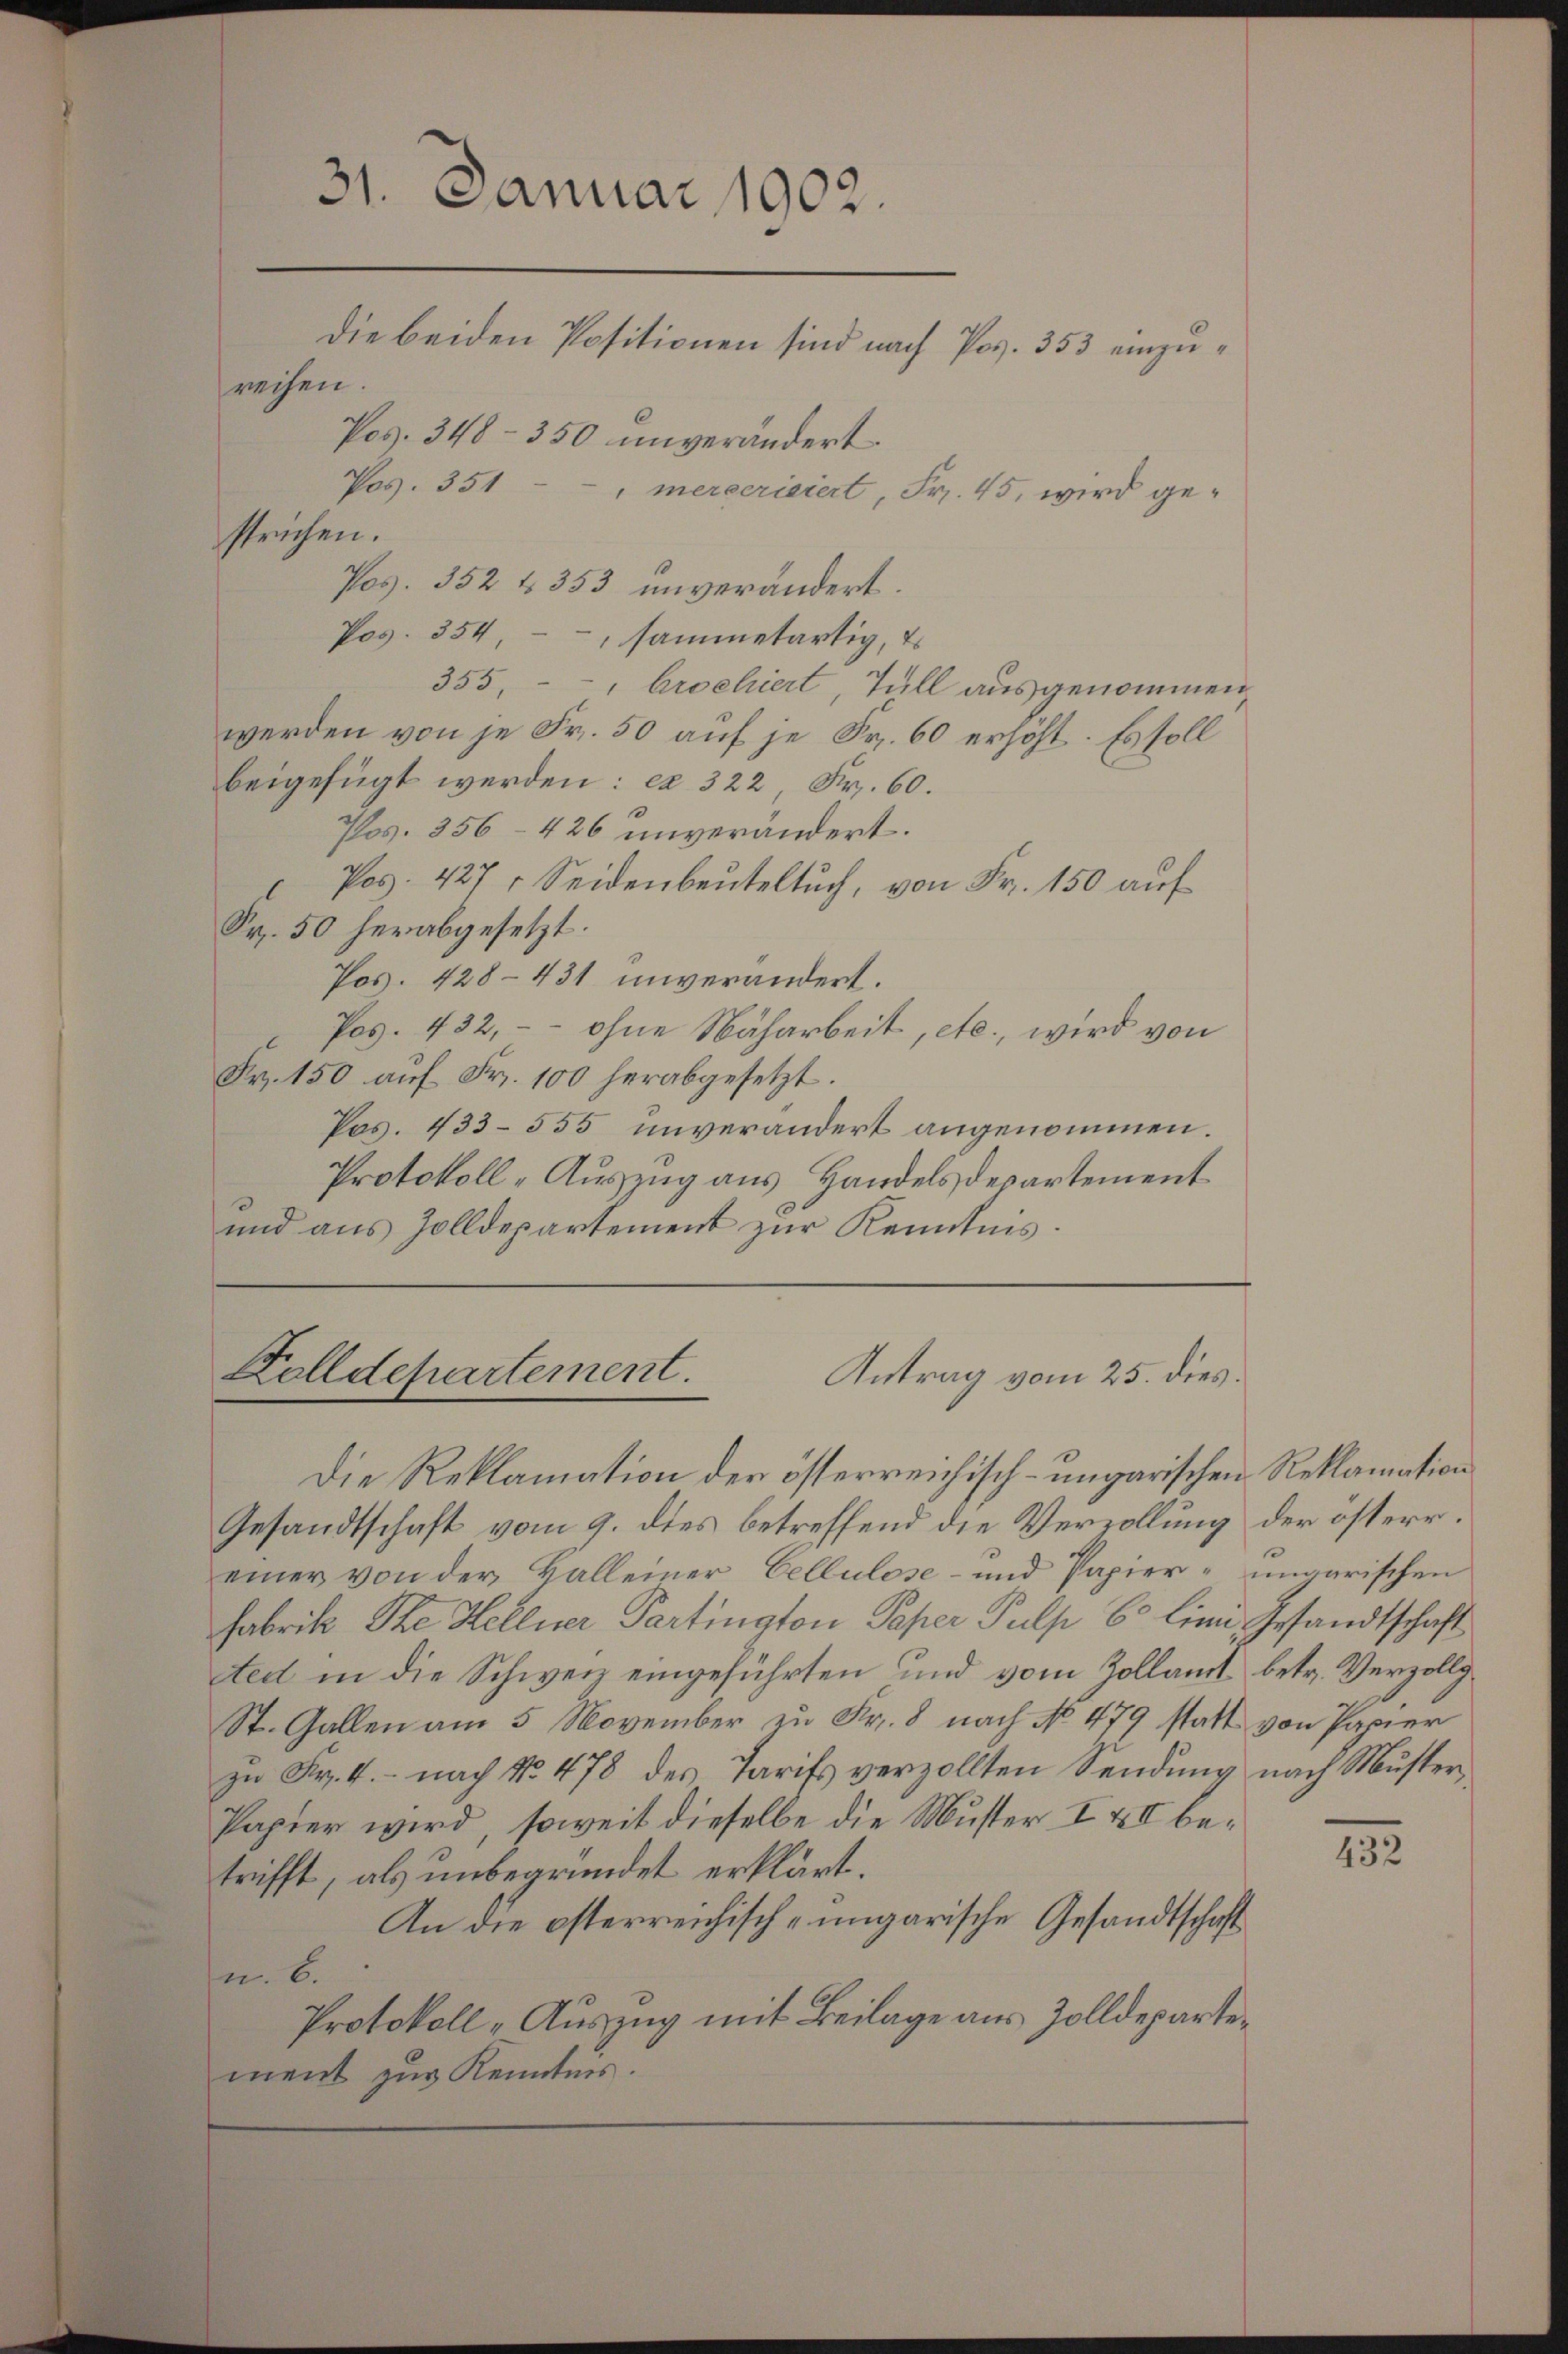
31. Januar 1902.
Die beiden Positionen sind nach Pos. 353 einzu¬

Dolldepartement.
Antrag vom 25. dies

Die Reklamation der österreichisch-ungarischen Reklamation
Gesandtschaft vom 9. dies betreffend die Verzollung der österr.
einer von der Halleiner Cellulose- und Papier- ungarischen
Fabrik Die Hellner Partington Paper Pulp 6 Lini, Gesandtschaft
ted in die Schweiz eingeführten und vom Zollamt betr. Verzöllg
St. Gallen am 5 November zu Fr. 8 nach No 479 statt von Papier
zu Fr. 4. – nach No. 478 des Tarifs verzollten Sendung nach Muster,
Papier wird, soweit dieselbe die Muster III betrifft, als unbegründet erklärt.
An die österreichisch-ungarische Gesandtschaft
u. 6.
Protokoll „Auszug mit Beilage aus Zolldepartement zur Kenntnis.

reihen.
Pos. 348 - 350 unverändert.
Pos. 351 - - , mercerisiert, Fr. 45, wird ge-
strichen.
Pos. 352 & 353 unverändert.
Pos. 354, - , sammetartig, Es
355, -- " Aroehiert, Tull ausgenommen,
werden von je Fr. 50 auf je Fr. 60 erhöht. Es soll
beigefügt werden: ex 322 Fr. 60.
Pos. 356–426 unverändert.
Pos. 427. Seidenbeuteltuch, von Fr. 150 auf
Fr. 50 herabgesetzt.
Pos. 428–431 unverändert.
Pos. 432, -- ohne Näharbeit, etc., wird von
Fr. 150 auf Fr. 100 herabgesetzt.
Pos. 433-555 unverändert angenommen.
Protokoll-Auszug aus Handelsdepartement
und aus Zolldepartement zur Kenntnis.

432